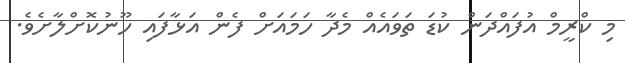
މި ކްރީމް އުފައްދަން ކުޑަ ތަވައެއްް މެދާ ހަމައަށް ފެން އަޅާފައި ހޫނުކޮށްލާށެވެ.